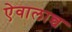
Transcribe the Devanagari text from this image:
ऐवालान्च